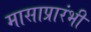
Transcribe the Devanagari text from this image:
मासाप्रारंभी